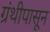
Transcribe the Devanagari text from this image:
ग्रंथीपासून